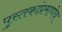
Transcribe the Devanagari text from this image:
पुस्तकांप्रमाणेच